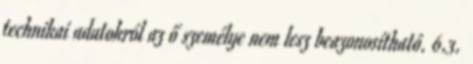
technikai adatokról az ő személye nem lesz beazonosítható. 6.3.